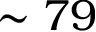
\sim 7 9